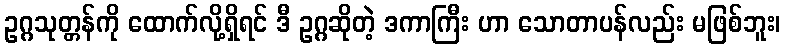
ဥဂ္ဂသုတ္တန်ကို ထောက်လို့ရှိရင် ဒီ ဥဂ္ဂဆိုတဲ့ ဒကာကြီး ဟာ သောတာပန်လည်း မဖြစ်ဘူး၊